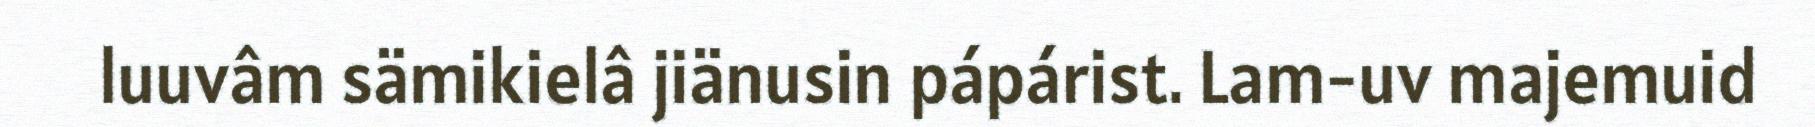
luuvâm sämikielâ jiänusin pápárist. Lam-uv majemuid